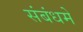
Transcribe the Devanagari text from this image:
संबंधमे